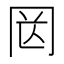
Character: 㒺